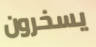
يسخرون